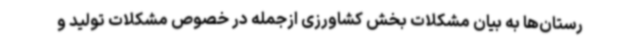
رستان‌ها به بیان مشکلات بخش کشاورزی ازجمله در خصوص مشکلات تولید و